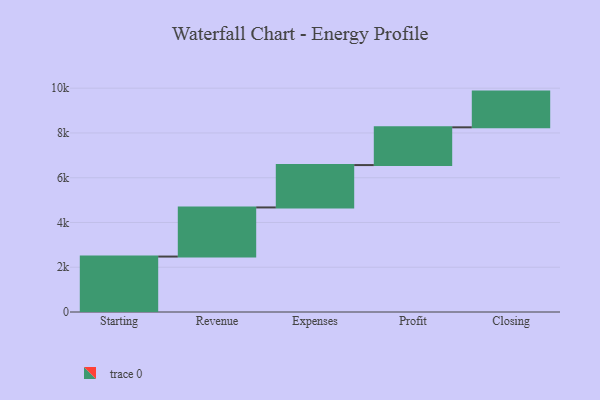
{"axis": {"x": "Step", "y": "Value"}, "legend": [""], "data": [{"x": "Starting", "y": 2477.0, "type": ""}, {"x": "Revenue", "y": 2195.0, "type": ""}, {"x": "Expenses", "y": 1893.0, "type": ""}, {"x": "Profit", "y": 1687.0, "type": ""}, {"x": "Closing", "y": 1596.0, "type": ""}]}